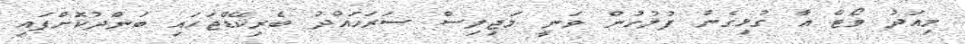
މިއަދު ވޯޓް އާ ގުޅިގެން ފުލުހުން ވަނީ މަޖިލިސް ސަރަހައްދު ބެރިކޭޑްޖަހައި ބަންދުކޮށްފައި